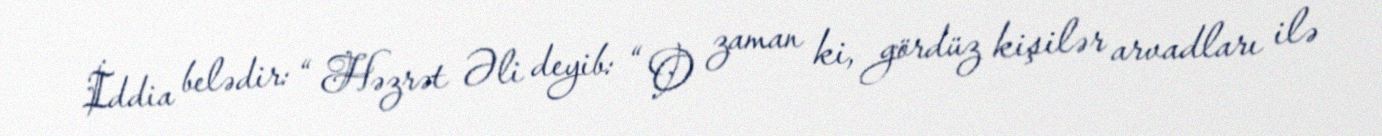
İddia belədir: “ Həzrət Əli deyib: “ O zaman ki, gördüz kişilər arvadları ilə